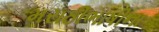
મરાઠીભાષીના